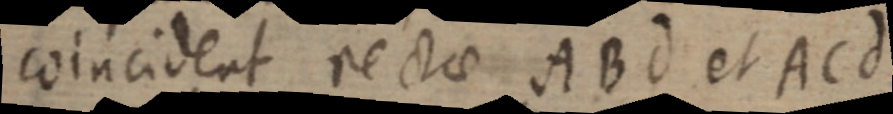
coincident rectae ABd et ACd